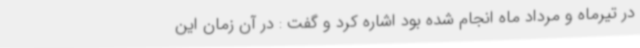
در تیرماه و مرداد ماه انجام شده بود اشاره کرد و گفت : در آن زمان این